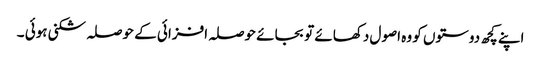
اپنے کچھ دوستوں کو وہ اصول دکھائے تو بجائے حوصلہ افزائی کے حوصلہ شکنی ہوئی ۔